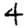
Digit: 4